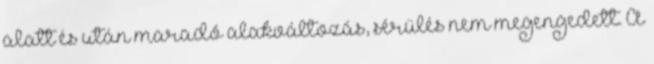
alatt és után maradó alakváltozás, sérülés nem megengedett. A